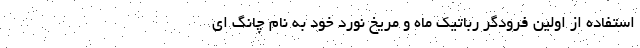
استفاده از اولین فرودگر رباتیک ماه و مریخ نورد خود به نام چانگ ای